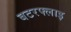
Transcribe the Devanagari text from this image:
बटरफ्लाइ